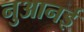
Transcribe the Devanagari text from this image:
नुआनई